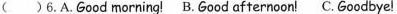
( )6.A.Good morning! B.Good affernoon! C.Goodbye!